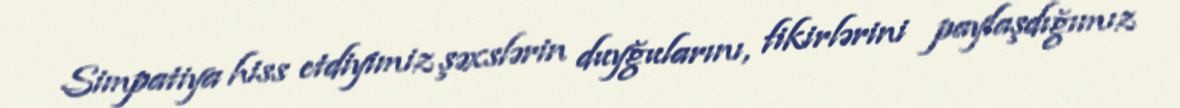
Simpatiya hiss etdiyimiz şəxslərin duyğularını, fikirlərini paylaşdığımız